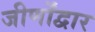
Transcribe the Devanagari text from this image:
जीर्णोंद्वार